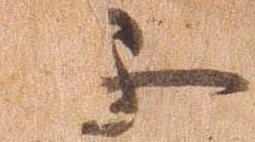
不